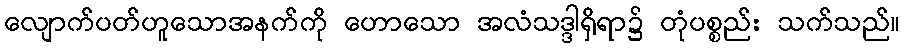
လျောက်ပတ်ဟူသောအနက်ကို ဟောသော အလံသဒ္ဒါရှိရာ၌ တုံပစ္စည်း သက်သည်။